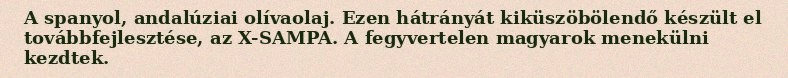
A spanyol, andalúziai olívaolaj. Ezen hátrányát kiküszöbölendő készült el továbbfejlesztése, az X-SAMPA. A fegyvertelen magyarok menekülni kezdtek.